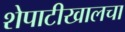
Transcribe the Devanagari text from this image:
शेपाटीखालचा